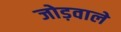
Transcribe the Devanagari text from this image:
जोड़वाले